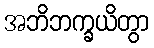
အဘိဘက္ခယိတွာ